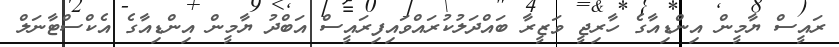
ރައީސް ޔާމީން އިންޑިއާގެ ހާރިޖީ ވަޒީރާ ބައްދަލުކުރައްވައިފިރައީސް އަބްދު ޔާމީން އިންޑިއާގެ އެކްސްޓާނަލް